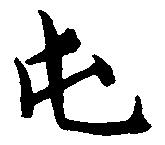
屯